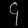
Digit: ၄